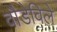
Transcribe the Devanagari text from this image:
वौडेविले